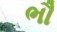
ભૌ